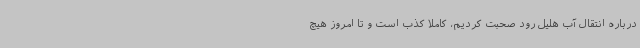
درباره انتقال آب هلیل رود صحبت کردیم، کاملا کذب است و تا امروز هیچ